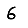
Digit: 6